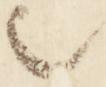
之